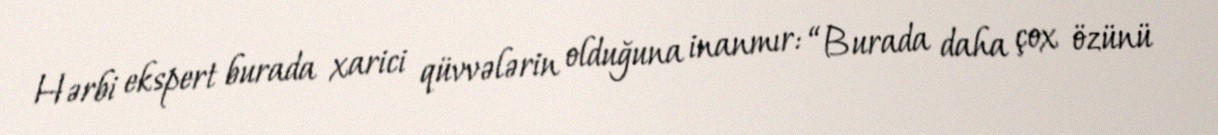
Hərbi ekspert burada xarici qüvvələrin olduğuna inanmır: “Burada daha çox özünü